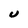
Character: U